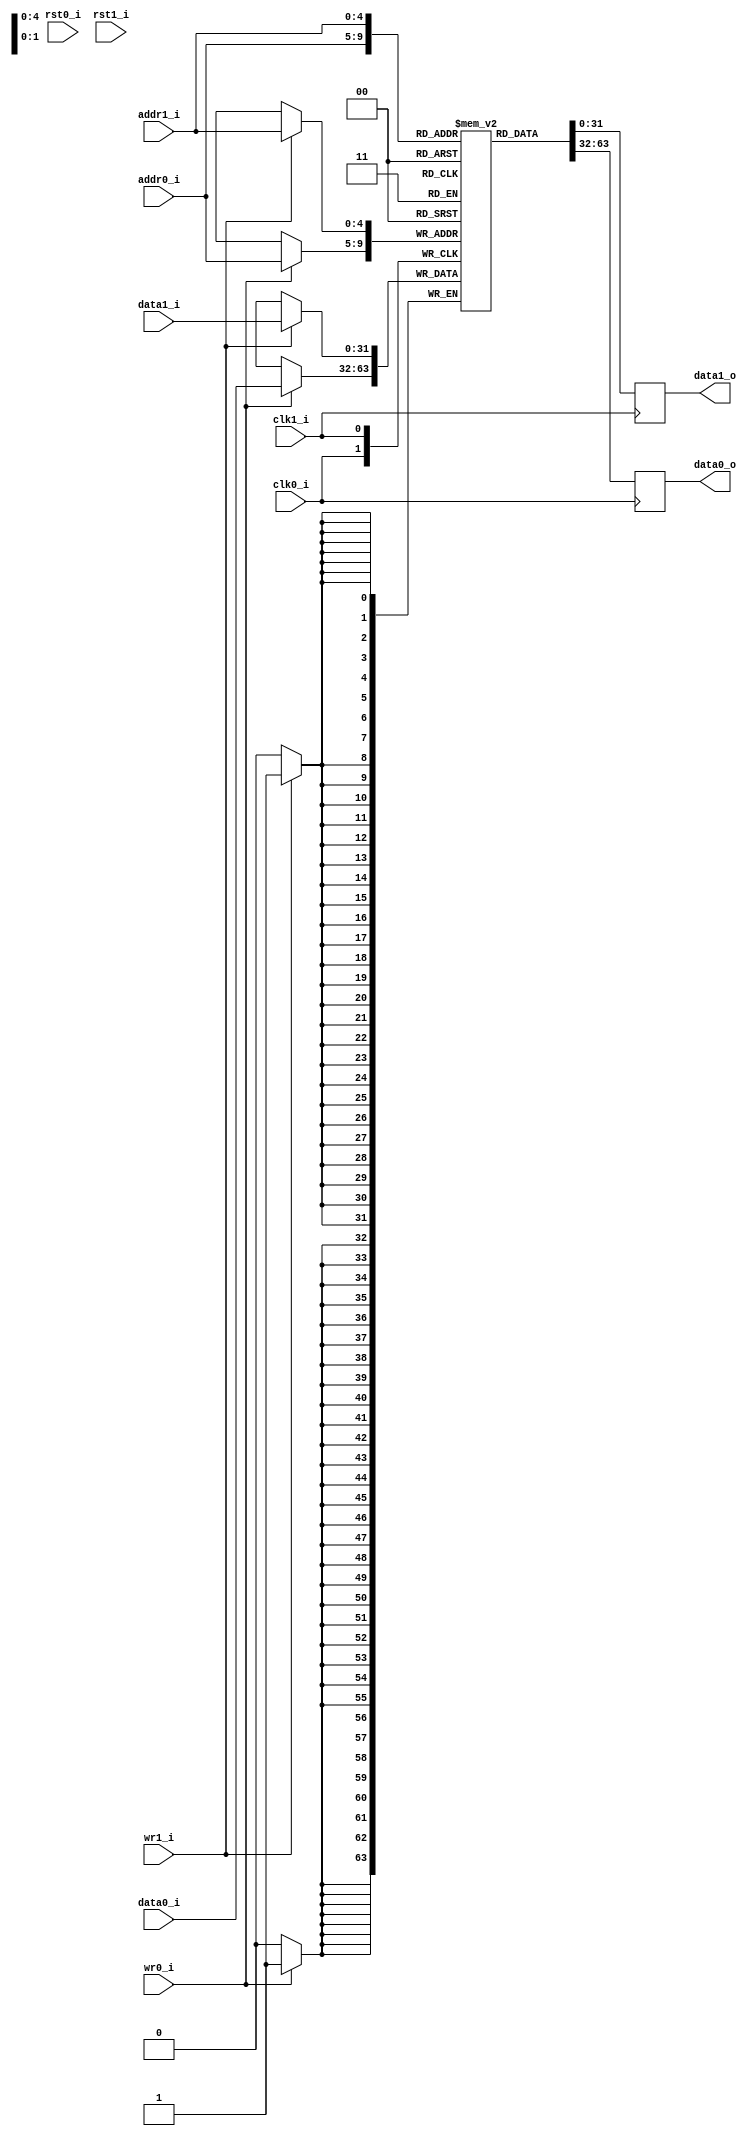
//-----------------------------------------------------------------
//                      Baseline JPEG Decoder
//                             V0.1
//                       Ultra-Embedded.com
//                        Copyright 2020
//
//                   admin@ultra-embedded.com
//-----------------------------------------------------------------
//                      License: Apache 2.0
// This IP can be freely used in commercial projects, however you may
// want access to unreleased materials such as verification environments,
// or test vectors, as well as changes to the IP for integration purposes.
// If this is the case, contact the above address.
// I am interested to hear how and where this IP is used, so please get
// in touch!
//-----------------------------------------------------------------
// Copyright 2020 Ultra-Embedded.com
// 
// Licensed under the Apache License, Version 2.0 (the "License");
// you may not use this file except in compliance with the License.
// You may obtain a copy of the License at
// 
//     http://www.apache.org/licenses/LICENSE-2.0
// 
// Unless required by applicable law or agreed to in writing, software
// distributed under the License is distributed on an "AS IS" BASIS,
// WITHOUT WARRANTIES OR CONDITIONS OF ANY KIND, either express or implied.
// See the License for the specific language governing permissions and
// limitations under the License.
//-----------------------------------------------------------------

module jpeg_idct_transpose_ram
(
    // Inputs
     input           clk0_i
    ,input           rst0_i
    ,input  [  4:0]  addr0_i
    ,input  [ 31:0]  data0_i
    ,input           wr0_i
    ,input           clk1_i
    ,input           rst1_i
    ,input  [  4:0]  addr1_i
    ,input  [ 31:0]  data1_i
    ,input           wr1_i

    // Outputs
    ,output [ 31:0]  data0_o
    ,output [ 31:0]  data1_o
);



//-----------------------------------------------------------------
// Dual Port RAM
// Mode: Read First
//-----------------------------------------------------------------
/* verilator lint_off MULTIDRIVEN */
reg [31:0]   ram [31:0] /*verilator public*/;
/* verilator lint_on MULTIDRIVEN */

reg [31:0] ram_read0_q;
reg [31:0] ram_read1_q;


// Synchronous write
always @ (posedge clk0_i)
begin
    if (wr0_i)
        ram[addr0_i][31:0] <= data0_i[31:0];

    ram_read0_q <= ram[addr0_i];
end

always @ (posedge clk1_i)
begin
    if (wr1_i)
        ram[addr1_i][31:0] <= data1_i[31:0];

    ram_read1_q <= ram[addr1_i];
end


assign data0_o = ram_read0_q;
assign data1_o = ram_read1_q;



endmodule